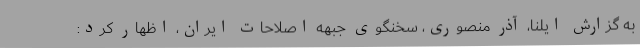
به گزارش ایلنا،‌ آذر منصوری، سخنگوی جبهه اصلاحات ایران، اظهار کرد: